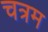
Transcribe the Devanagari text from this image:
चत्रम